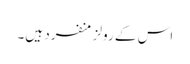
اس کے رولز منفرد ہیں۔